Plague in India, 1896, 1897 - Volume 1
Year: 1896
Disease focus: Plague
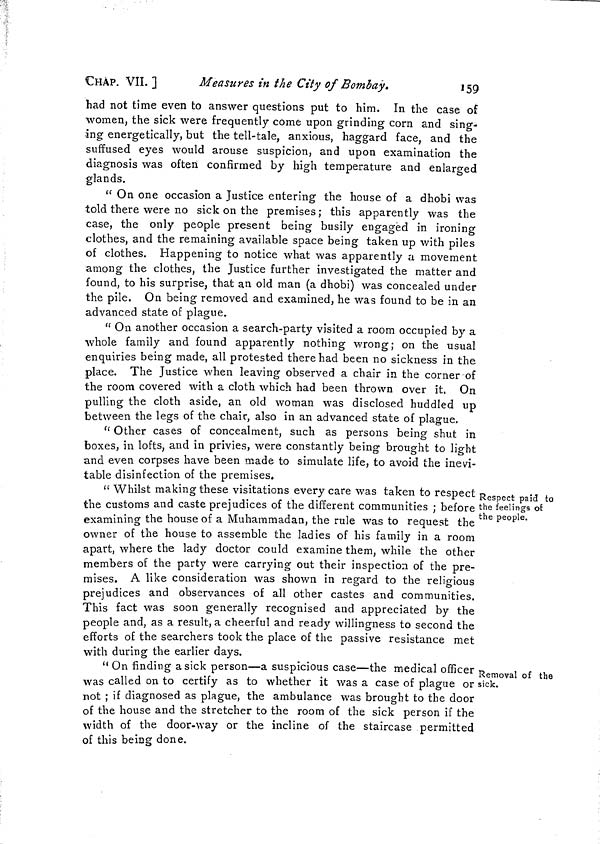
CHAP. VII. ]
Measures in the City of Bombay.
159
had not time even to answer questions put to him. In the case of
women, the sick were frequently come upon grinding corn and sing-
ing energetically, but the tell-tale, anxious, haggard face, and the
suffused eyes would arouse suspicion, and upon examination the
diagnosis was often confirmed by high temperature and enlarged
glands.
" On one occasion a Justice entering the house of a dhobi was
told there were no sick on the premises; this apparently was the
case, the only people present being busily engaged in ironing
clothes, and the remaining available space being taken up with piles
of clothes. Happening to notice what was apparently a movement
among the clothes, the Justice further investigated the matter and
found, to his surprise, that an old man (a dhobi) was concealed under
the pile. On being removed and examined, he was found to be in an
advanced state of plague.
" On another occasion a search-party visited a room occupied by a
whole family and found apparently nothing wrong; on the usual
enquiries being made, all protested there had been no sickness in the
place. The Justice when leaving observed a chair in the corner of
the room covered with a cloth which had been thrown over it. On
pulling the cloth aside, an old woman was disclosed huddled up
between the legs of the chair, also in an advanced state of plague.
" Other cases of concealment, such as persons being shut in
boxes, in lofts, and in privies, were constantly being brought to light
and even corpses have been made to simulate life, to avoid the inevi-
table disinfection of the premises.
Respect paid to
the feelings of
the people.
" Whilst making these visitations every care was taken to respect
the customs and caste prejudices of the different communities ; before
examining the house of a Muhammadan, the rule was to request the
owner of the house to assemble the ladies of his family in a room
apart, where the lady doctor could examine them, while the other
members of the party were carrying out their inspection of the pre-
mises. A like consideration was shown in regard to the religious
prejudices and observances of all other castes and communities.
This fact was soon generally recognised and appreciated by the
people and, as a result, a cheerful and ready willingness to second the
efforts of the searchers took the place of the passive resistance met
with during the earlier days.
Removal of the
sick.
" On finding a sick person—a suspicious case—the medical officer
was called on to certify as to whether it was a case of plague or
not ; if diagnosed as plague, the ambulance was brought to the door
of the house and the stretcher to the room of the sick person if the
width of the door-way or the incline of the staircase permitted
of this being done.